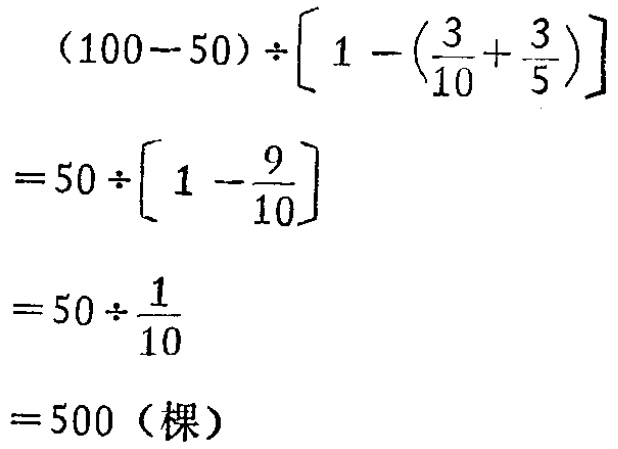
\[

\begin{align*}

&(100 - 50)\div\left[1-\left(\frac{3}{10}+\frac{3}{5}\right)\right]\\

=&50\div\left[1-\frac{9}{10}\right]\\

=&50\div\frac{1}{10}\\

=&500 \text{（棵）}

\end{align*}

\]